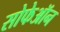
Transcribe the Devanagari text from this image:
सोफेऑन